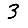
Digit: 3